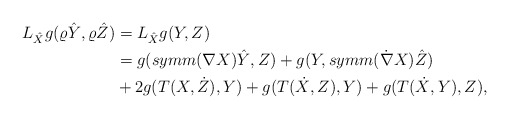
\begin{align*}L_{\hat X}g(\varrho\hat Y,\varrho\hat Z)&=L_{\hat X}g(Y,Z)\\&=g(symm(\nabla X)\hat Y,Z)+g(Y,symm(\dot{\nabla} X)\hat Z)\\&+2g(T(X,\dot{Z}),Y)+g(T(\dot{X},Z),Y)+g(T(\dot X,Y),Z),\end{align*}